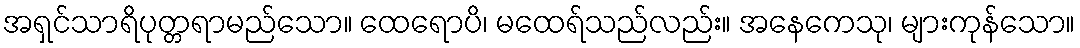
အရှင်သာရိပုတ္တရာမည်သော။ ထေရောပိ၊ မထေရ်သည်လည်း။ အနေကေသု၊ များကုန်သော။